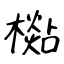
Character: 檆